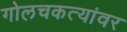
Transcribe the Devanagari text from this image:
गोलचकत्यांवर